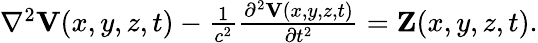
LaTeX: \begin{array}{r}{\nabla^{2}{\mathbf V}(x,y,z,t)-\frac{1}{c^{2}}\frac{\partial^{2}{\mathbf V}(x,y,z,t)}{\partial t^{2}}={\mathbf Z}(x,y,z,t).}\end{array}